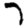
Digit: 7